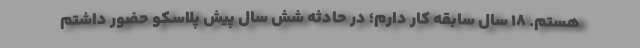
هستم. ۱۸ سال سابقه کار دارم؛ در حادثه شش سال پیش پلاسکو حضور داشتم